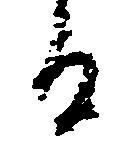
る